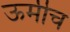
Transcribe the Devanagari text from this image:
ऊर्मीच